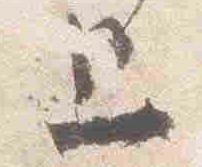
上